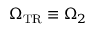
\Omega _ { \mathrm { { T R } } } \equiv \Omega _ { 2 }